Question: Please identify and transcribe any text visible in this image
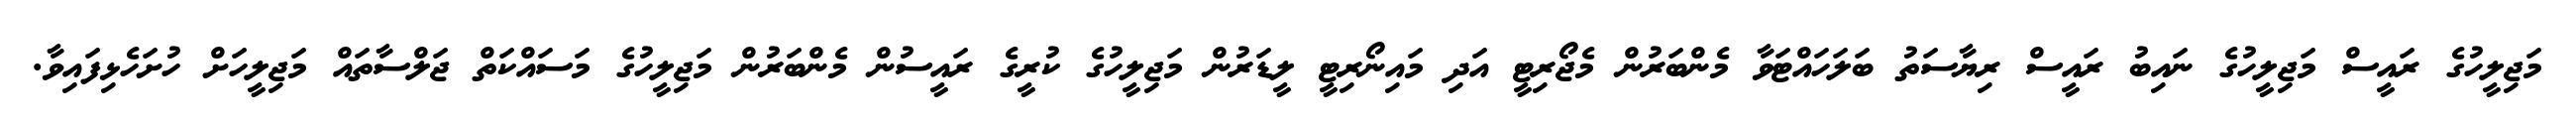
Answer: މަޖިލީހުގެ ރައީސް މަޖިލީހުގެ ނައިބު ރައީސް ރިޔާސަތު ބަލަހައްޓަވާ މެންބަރުން މެޖޯރިޓީ އަދި މައިނޯރިޓީ ލީޑަރުން މަޖިލީހުގެ ކުރީގެ ރައީސުން މެންބަރުން މަޖިލީހުގެ މަސައްކަތް ޖަލްސާތައް މަޖިލީހަށް ހުށަހެޅިފައިވާ.